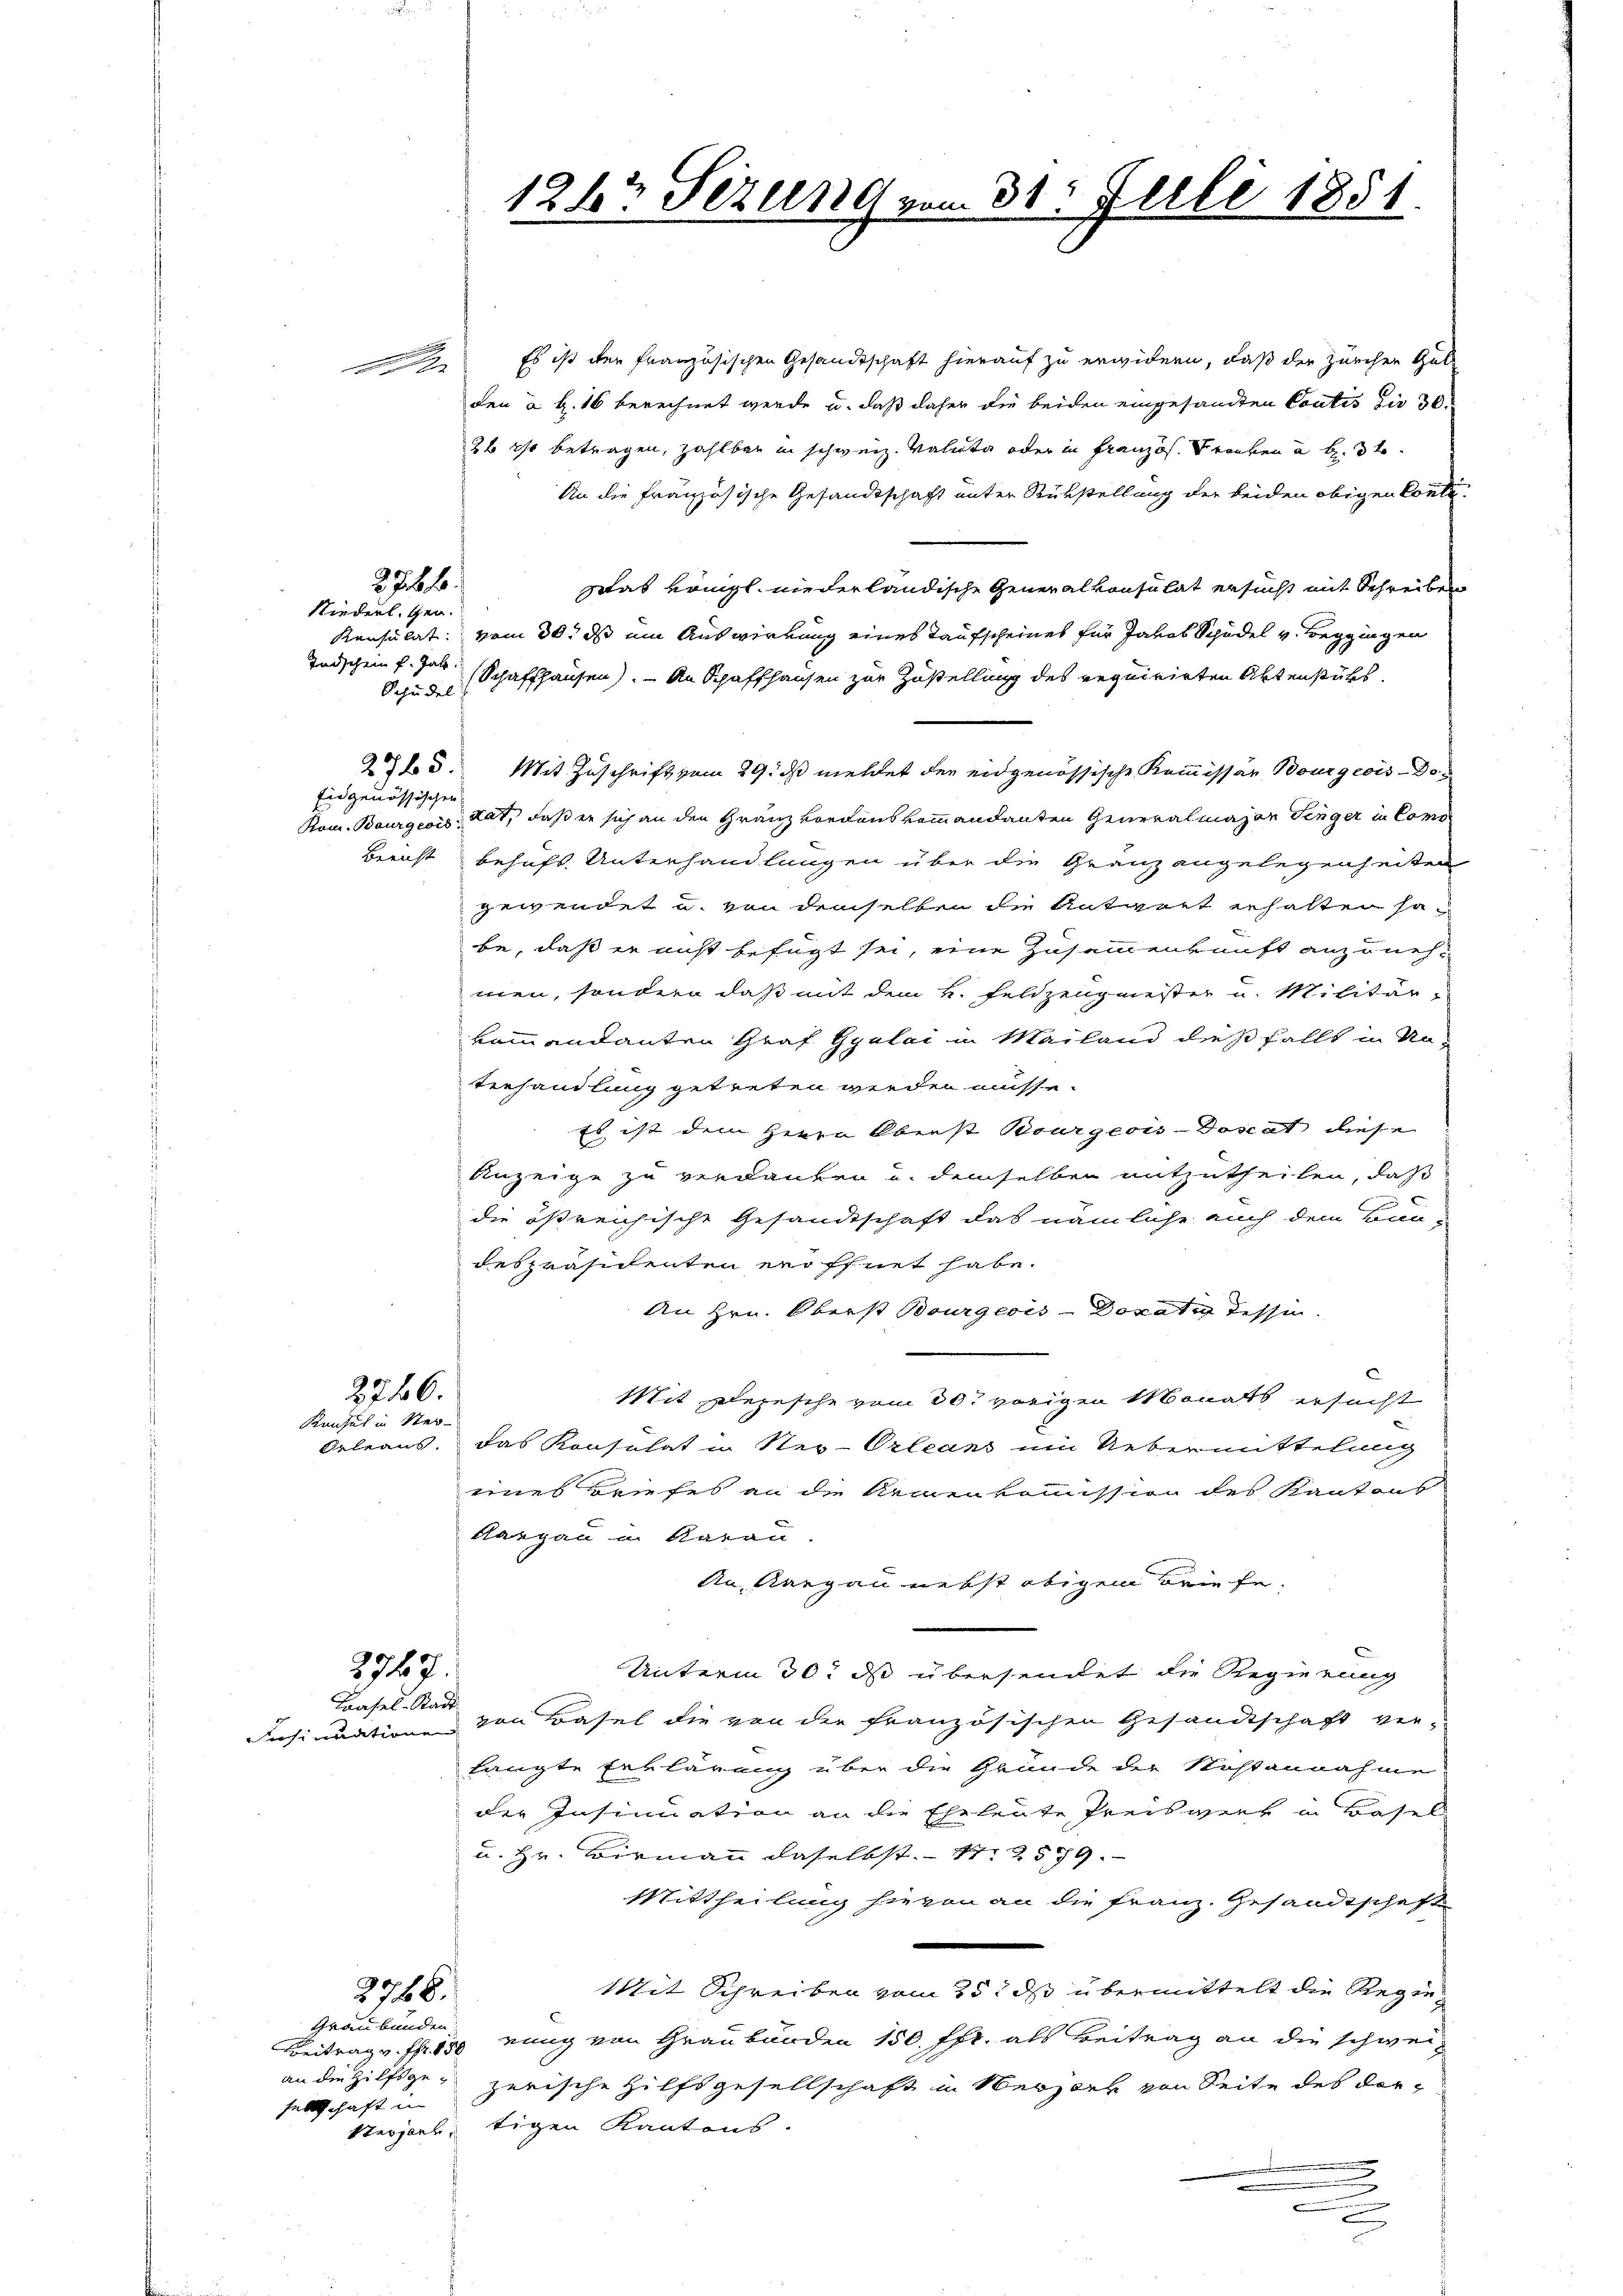
A

Niederl. Gen.
Schädel

228 f.

Eidgenössischen

2746.

Kansat in Ster¬

2747.

Es ist der französischen Gesandtschaft hierauf zu erwidern, daß der Zürchen Gut
den a S. 16 berechnet werde u. daß daher die beiden eingesandten Contis die 30
26 Xr betragen, zahlbar in schweiz. Valata oder in Französ. Franken ab. St
An die französische Gesandtschaft unter Rükstellung der beiden obigen konte
zwas königl. niederländische Generalkonsulat ersucht mit Schreiben
Konsulat vom 30. ds um Auswirkung eines Kaufscheines für Jakob Schädel v. Beggingen
Todschein f. gar Schaffhausen). — An Schaffhausen zur Zustellung des requirirten Aktenstüks¬
2715. Mit Zuschrift vom 29. ds meldet der eidgenössische Kommissär Bourgeois-Do¬
Rom. Bourgeois Rat, daß er sich an den Granz vorauskommandanten Generalmajan Tinger in Como
Bernst behufs Unterhandlungen über die Gränz angelegenheiten
gewendet u. von demselben die Antwort erhalten sobe, daß er nicht befügt sei, eine Zusammenkunft anzunehmen, sondern daß mit dem k. Feldzeugmeister u. Militär-
kommandanten Graf Gyalai in Mailand dießfalls in Unterhandlung getreten werden müsse.
Es ist dem Herrn Oberst Bourgeois-Doscat diese
Anzeige zu verdanken u. demselben mitzutheilen, daß
die östreichische Gesandtschaft das nämliche auch dem Bun-
despräsidenten eröffnet habe.
An Hrn. Oberst Bourgeois Donativ dessen.
Mit gelegesche vom 30. vorigen Monats ersucht
Orleaus. Das Konsulat in Neu-Orleans um Uebermittelung
eines Briefes an die Armenkommission des Kantons
Kargau in Aarau
An, Aargau nebst obigem Briefe.
Unterm 30. ds übersendet die Regierung
Insinuation von Basel die von der französischen Gesandtschaft verlangte Erklärung über die Gründe der Nichtannahme
der Insinuation an die Eheleute Preiswerk in Basels
u. Hr. Birmann daselbst. – 12579.
Stittheilung hievon an die Franz, Gesandtschaft
e
Mit Schreiben vom 25t ds übermittelt die Regierung von Graubünden 150 ffr. als Beitrag an die schweiz
an die Hilfsge- zerische Hilfsgesellschaft in Merzler von Seite des der¬
Stepart, tigen Kantons.
.

Taasel-Stadt.

3766.

Graubünden:
Beitrag v. fr. 150
sellschaft in

1247 Sezung er

31. Juli 1851.